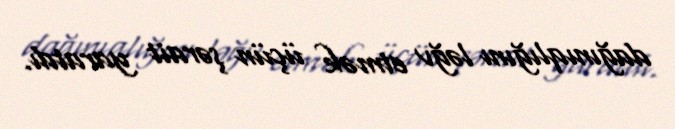
dağınıqlığını ləğv etmək üçün şərait yaratdı.